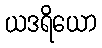
ယဒရိယော